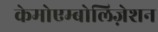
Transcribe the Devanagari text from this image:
केमोएम्बोलिज़ेशन